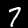
Digit: 7